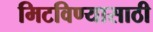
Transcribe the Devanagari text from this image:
मिटविण्यासाठी